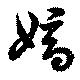
嫡